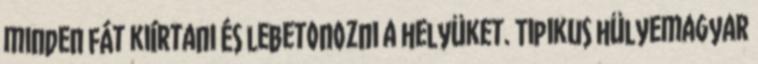
minden fát kiírtani és lebetonozni a helyüket. Tipikus hülyemagyar